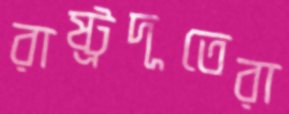
রাষ্ট্রদূতেরা